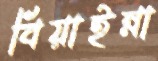
বিয়াইন্না